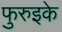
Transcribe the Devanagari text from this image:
फुरुइके